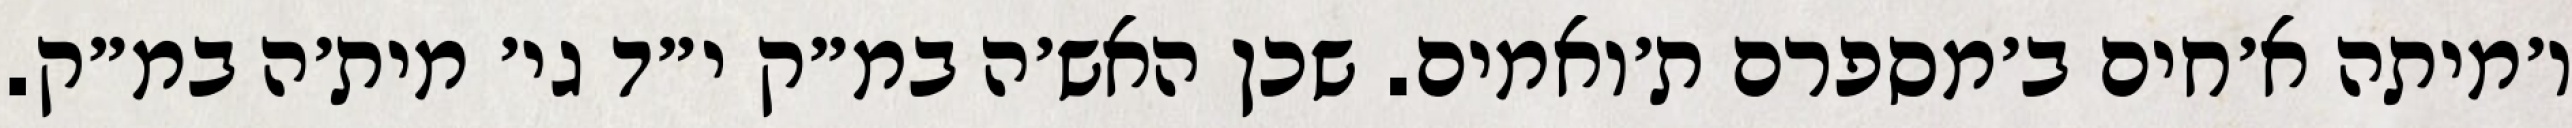
ו׳מיתה א׳חים ב׳מספרם ת׳ואמים. שכן האש׳ה במ״ק י״ד גי׳ מית׳ה במ״ק.